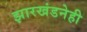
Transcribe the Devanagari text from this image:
झारखंडनेही